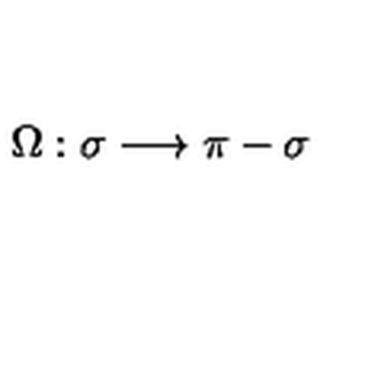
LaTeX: \Omega : \sigma \longrightarrow \pi - \sigma